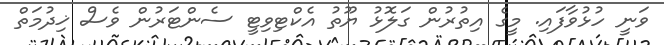
ވަނީ ހުޅުވާފައި. މީގެ އިތުރުން ގަލޮޅު ޔޫތު އެކްޓިވިޓީ ސެންޓަރުން ވެސް ޚިދުމަތް